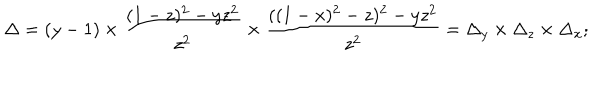
\Delta = ( y - 1 ) \times { \frac { ( 1 - z ) ^ { 2 } - y z ^ { 2 } } { z ^ { 2 } } } \times { \frac { ( ( 1 - x ) ^ { 2 } - z ) ^ { 2 } - y z ^ { 2 } } { z ^ { 2 } } } = \Delta _ { y } \times \Delta _ { z } \times \Delta _ { x } ;